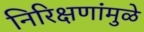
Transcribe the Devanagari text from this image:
निरिक्षणांमुळे